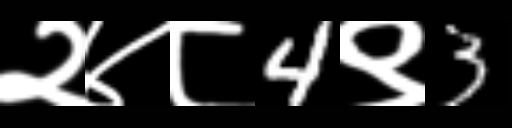
Text: २४८4९3